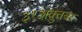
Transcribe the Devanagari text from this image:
३१अक्तुबर